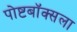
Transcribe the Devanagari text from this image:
पोष्टबॉक्सला